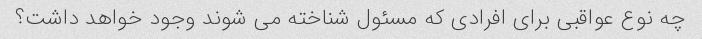
چه نوع عواقبی برای افرادی که مسئول شناخته می شوند وجود خواهد داشت؟